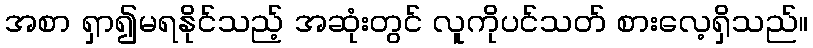
အစာ ရှာ၍မရနိုင်သည့် အဆုံးတွင် လူကိုပင်သတ် စားလေ့ရှိသည်။